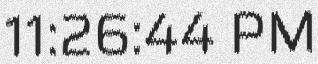
11:26:44 PM